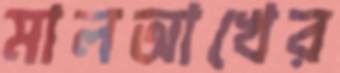
মালআখের